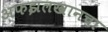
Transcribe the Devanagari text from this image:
अफझलखानचा